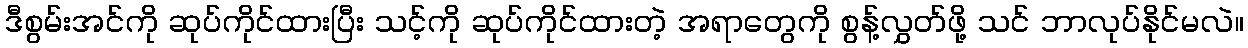
ဒီစွမ်းအင်ကို ဆုပ်ကိုင်ထားပြီး သင့်ကို ဆုပ်ကိုင်ထားတဲ့ အရာတွေကို စွန့်လွှတ်ဖို့ သင် ဘာလုပ်နိုင်မလဲ။